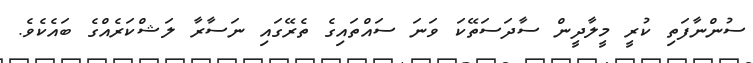
ސުންނާފަތި ކުރީ މީލާދީން ސާދަސަތޭކަ ވަނަ ސައްތައިގެ ތެރޭގައި ނަސާރާ ލަޝްކަރެއްގެ ބައެކެވެ.